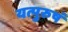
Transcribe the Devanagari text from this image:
यत्पुरुषं